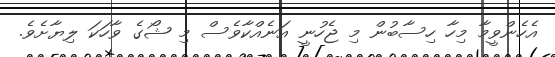
އެހެންވީމާ މިހާ ހިސާބުން މި ޖެހުނީ އަނެއްކާވެސް މި ޝޯގެ ވާހަކަ ލިޔާށެވެ.